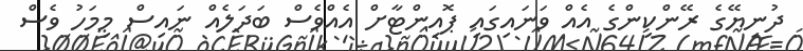
ދުނިޔޭގެ ރޭންކިންގެ އެއް ވަނައިގައި ޕޮއިންޓާށް އެއްވެސް ބަދަލެއް ނައިސް މިމަހު ވެސް